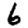
Digit: 6